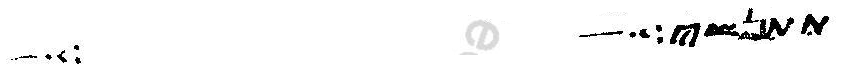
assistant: תתנשי מפם